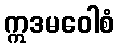
ဣဒမဝေါစံ